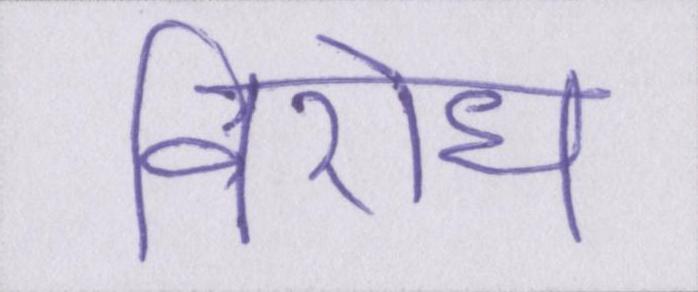
विरोध